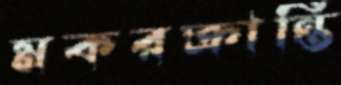
মকরক্রান্তি